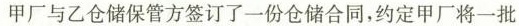
甲厂与乙仓储保管方签订了一份仓储合同，约定甲厂将一批